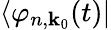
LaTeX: \langle\varphi_{n,\textbf{k}_{0}}(t)|